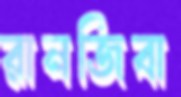
রানজিবা